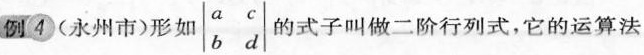
例4 (永州市)形如\left|\begin{array}{ll}a & c \\b & d\end{array}\right|的式子叫做二阶行列式，它的运算法